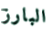
البارز